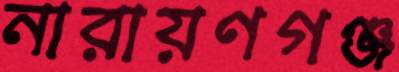
নারায়ণগঞ্জ